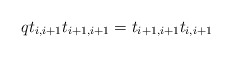
\begin{align*}qt_{i,i+1}t_{i+1,i+1} = t_{i+1,i+1}t_{i,i+1}\end{align*}